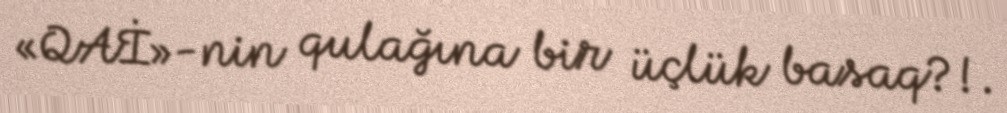
«QAİ»-nin qulağına bir üçlük basaq?!.